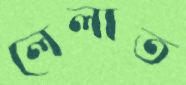
লেলাত